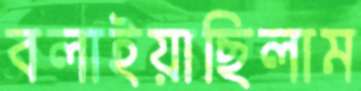
বলাইয়াছিলাম